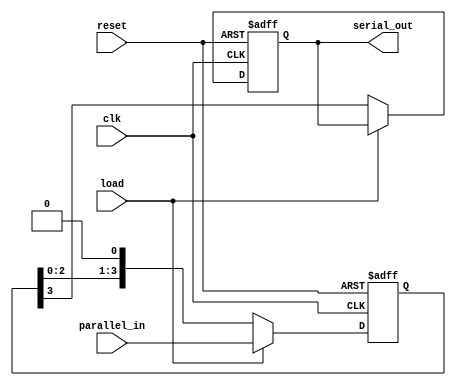
`timescale 1ns / 1ps
//////////////////////////////////////////////////////////////////////////////////
// Company: 
// Engineer: 
// 
// Design Name: 
// Module Name: PISO_shift_Register
// Project Name: 
// Target Devices: 
// Tool Versions: 
// Description: 
// 
// Dependencies: 
// 
// Revision:
// Revision 0.01 - File Created
// Additional Comments:
// 
//////////////////////////////////////////////////////////////////////////////////


module piso_shift_register (
    input wire clk,
    input wire reset,
    input wire load,
    input wire [3:0] parallel_in,
    output reg serial_out
);
    reg [3:0] shift_reg;

    always @(posedge clk or posedge reset) begin
        if (reset) begin
            shift_reg <= 4'b0000;
            serial_out <= 0;
        end else if (load) begin
            shift_reg <= parallel_in;
        end else begin
            serial_out <= shift_reg[3];  
            shift_reg <= shift_reg << 1; 
        end
    end
endmodule